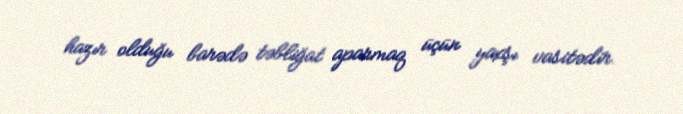
hazır olduğu barədə təbliğat aparmaq üçün yaxşı vasitədir.